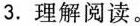
3.理解阅读。